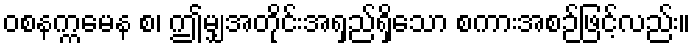
ဝစနက္ကမေန စ၊ ဤမျှအတိုင်းအရှည်ရှိသော စကားအစဉ်ဖြင့်လည်း။